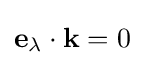
\mathbf {e} _{\lambda }\cdot \mathbf {k} =0